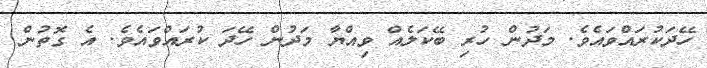
ހޭދަކުރައްވައެވެ. މަދުން ހުރި ބޭކަލެއް ވިއްޔާ މަދުން ހޭދަ ކުރައްވައެވެ. އެ ގޮތުން